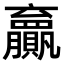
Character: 𫎣